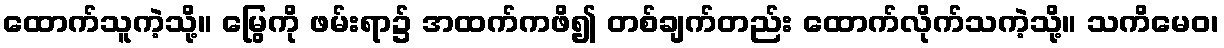
ထောက်သူကဲ့သို့။ မြွေကို ဖမ်းရာ၌ အထက်ကဖိ၍ တစ်ချက်တည်း ထောက်လိုက်သကဲ့သို့။ သကိမေဝ၊